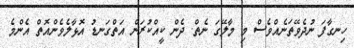
ހިނގާފަ ނުދެވޭތަނެއްވެސް މި މާލޭގަ ނެތް. ދެން ކީއްކުރަން އަތްގަނޑު އޮޅާލެވެންއޮތް އެންމެ